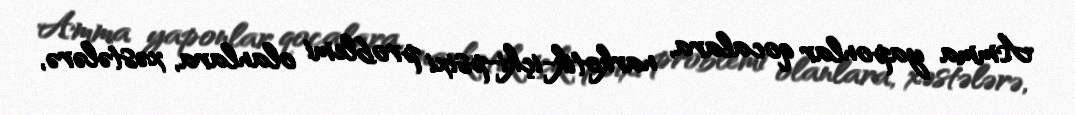
Amma yaponlar qocalara, narkotik-içki-psixi problemi olanlara, xəstələrə,